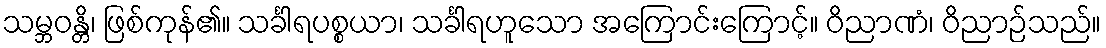
သမ္ဘဝန္တိ၊ ဖြစ်ကုန်၏။ သင်္ခါရပစ္စယာ၊ သင်္ခါရဟူသော အကြောင်းကြောင့်။ ဝိညာဏံ၊ ဝိညာဉ်သည်။